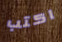
اكتب